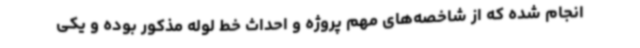
انجام شده که از شاخصه‌های مهم پروژه و احداث خط لوله مذکور بوده و یکی